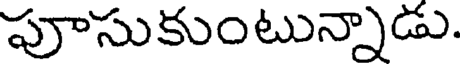
పూసుకుంటున్నాడు.